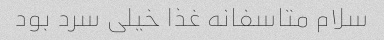
سلام متاسفانه غذا خیلی سرد بود